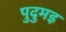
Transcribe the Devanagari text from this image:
पुदुमइ